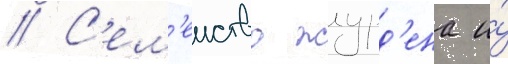
// С'ем'еиство журд'ена и́